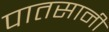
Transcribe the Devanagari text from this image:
पातसानी